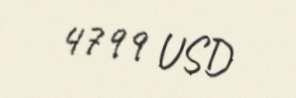
4799 USD